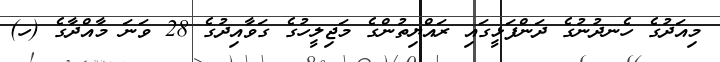
މިއަދުގެ ހެނދުނުގެ ދަންފަޅީގައި ރައްޔިތުންގެ މަޖިލީހުގެ ގަވާއިދުގެ 28 ވަނަ މާއްދާގެ (ހ)